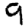
Digit: 9